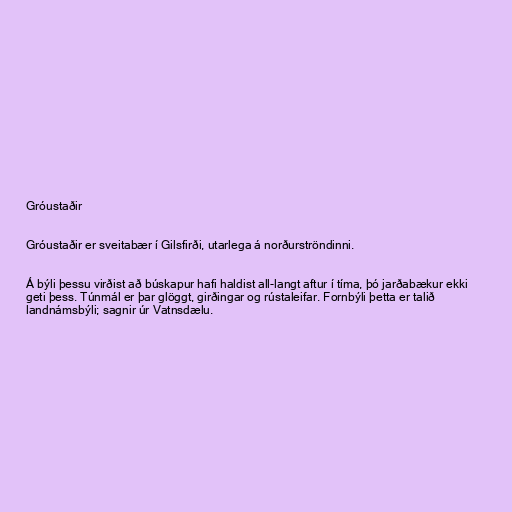
Gróustaðir

Gróustaðir er sveitabær í Gilsfirði, utarlega á norðurströndinni.

Á býli þessu virðist að búskapur hafi haldist all-langt aftur í tíma, þó jarðabækur ekki
geti þess. Túnmál er þar glöggt, girðingar og rústaleifar. Fornbýli þetta er talið
landnámsbýli; sagnir úr Vatnsdælu.